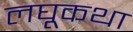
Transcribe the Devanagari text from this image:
लघूकथा